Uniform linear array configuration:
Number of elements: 48
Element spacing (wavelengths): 0.25
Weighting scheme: hann
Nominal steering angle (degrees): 45
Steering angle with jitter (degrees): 44.764
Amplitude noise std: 0.05
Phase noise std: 0.05

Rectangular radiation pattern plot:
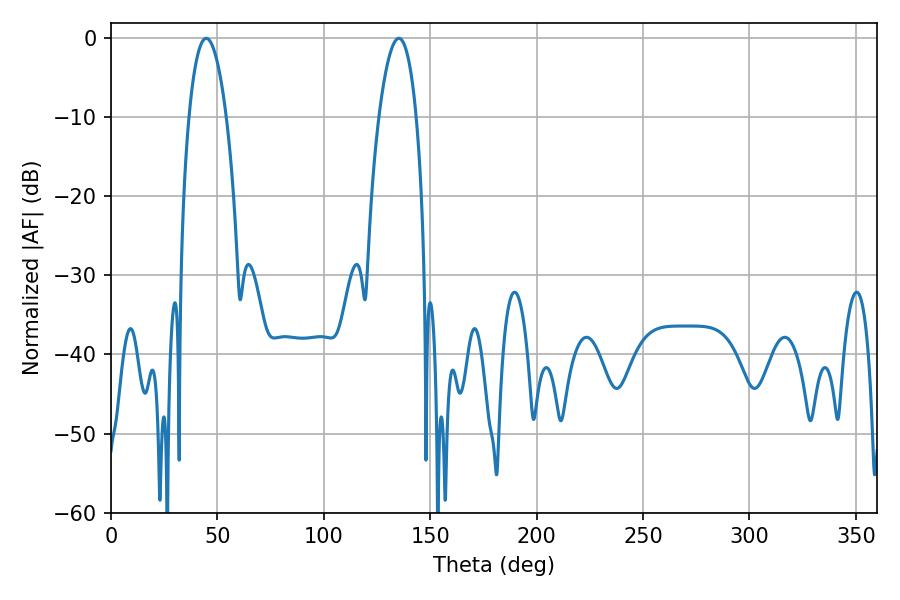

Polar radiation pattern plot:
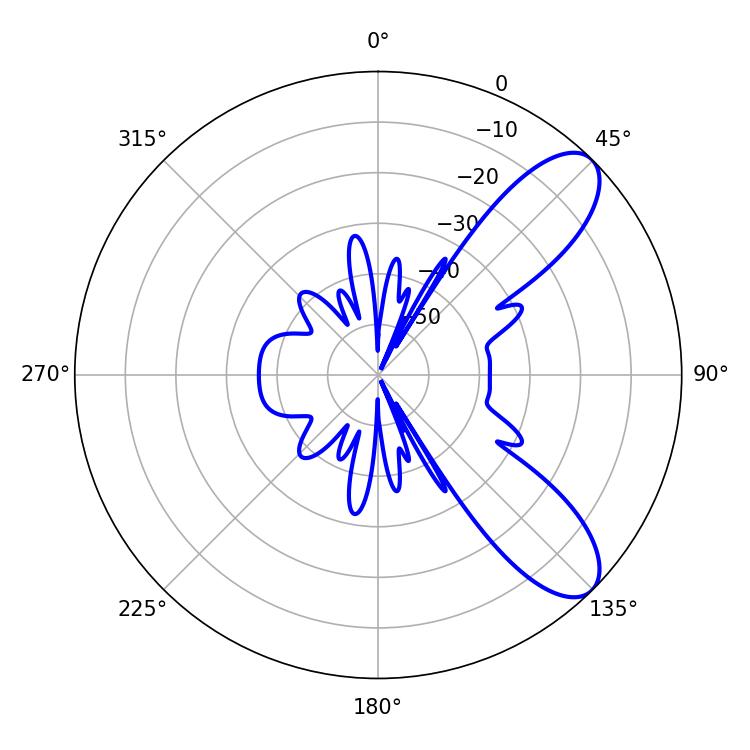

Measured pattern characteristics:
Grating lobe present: FALSE
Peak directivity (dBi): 8.908
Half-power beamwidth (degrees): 9.72
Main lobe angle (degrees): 44.82